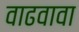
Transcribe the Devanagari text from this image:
वाढवावा